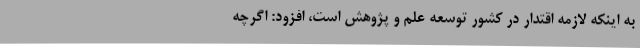
به اینکه لازمه اقتدار در کشور توسعه علم و پژوهش است، افزود: اگرچه